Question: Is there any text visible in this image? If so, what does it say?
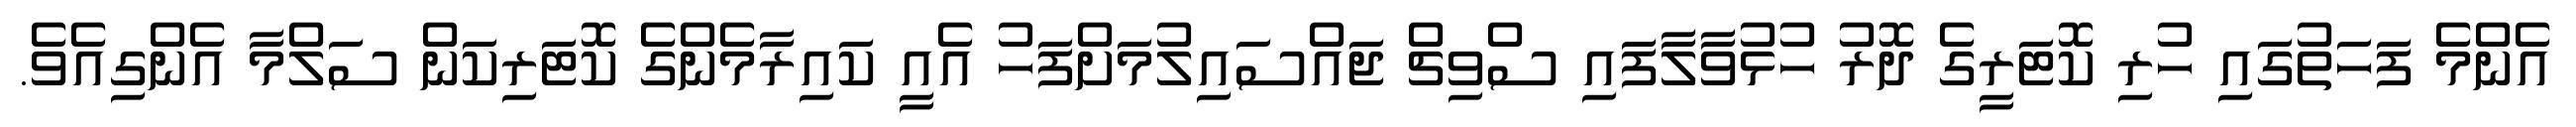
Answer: އެންމެ ފަހަތުގައި ހުރި ކޮޓަރީގެ ދޮރު ހުޅުވާލާފައި ސްވިޗް ޖައްސައިލުމަށްފަހު އެއީ ކައިރާމެންގެ ކޮޓަރިކަން ސަލްމާ އެންގިއެވެ.